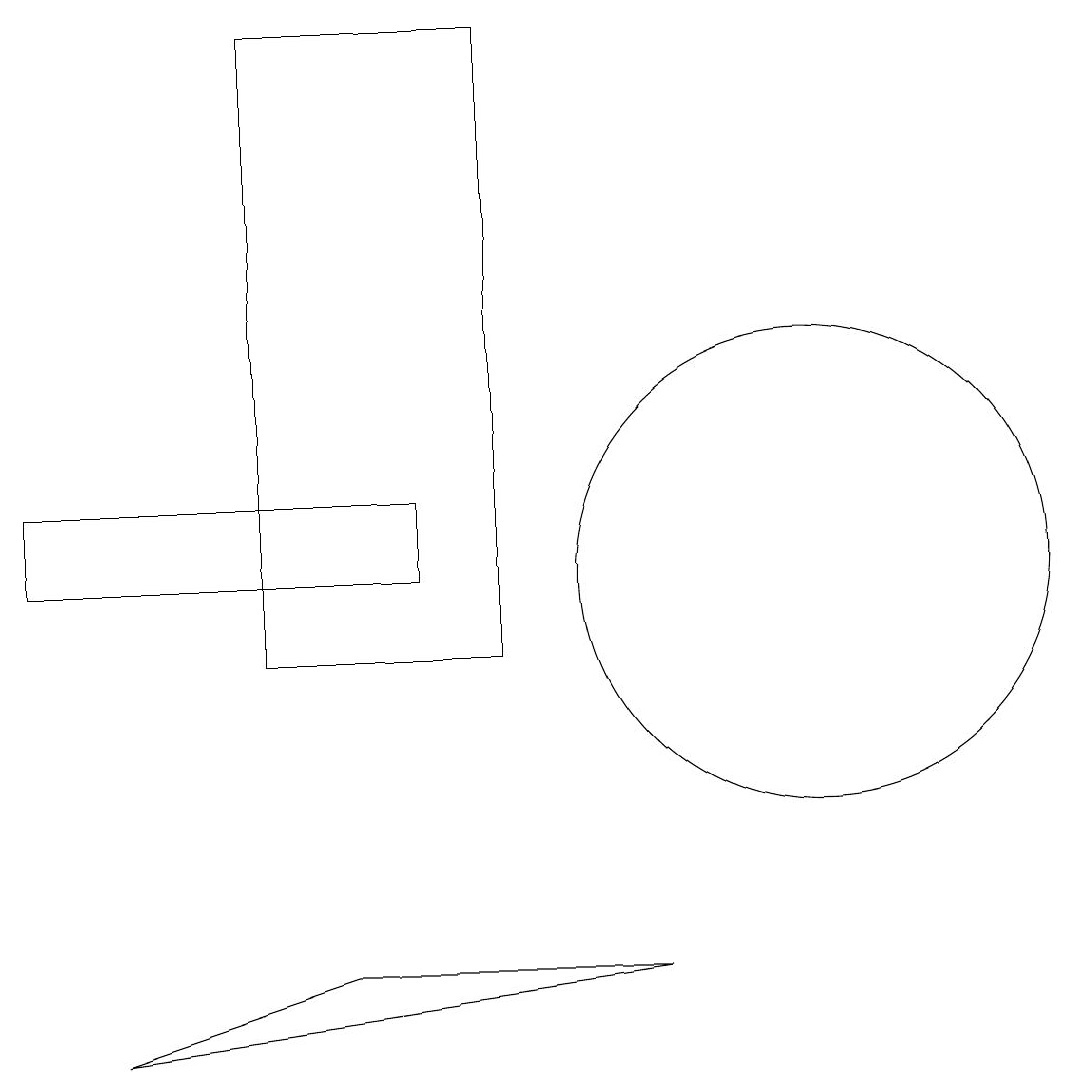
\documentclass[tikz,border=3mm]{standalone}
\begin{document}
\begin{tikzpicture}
\draw (4,6) -- (8,6) -- (1,5) -- cycle;
\draw (0,11) rectangle (5,12);
\draw (10,11) circle (3);
\draw (6,10) rectangle (3,18);
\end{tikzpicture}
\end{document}